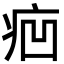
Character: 㾎